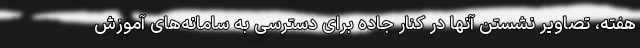
هفته، تصاویر نشستن آنها در کنار جاده برای دسترسی به سامانه‌های آموزش